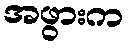
အဖွားက